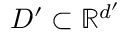
D ^ { \prime } \subset \mathbb { R } ^ { d ^ { \prime } }